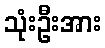
သုံးဦးအား